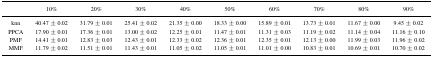
|  | 10% | 20% | 30% | 40% | 50% | 60% | 70% | 80% | 90% |
 | --- | --- | --- | --- | --- | --- | --- | --- | --- | --- |
 | knn | 40.47 ± 0.02 | 31.79 ± 0.01 | 25.41 ± 0.02 | 21.35 ± 0.00 | 18.33 ± 0.00 | 15.89 ± 0.01 | 13.73 ± 0.01 | 11.67 ± 0.00 | 9.45 ± 0.02 |
 | PPCA | 17.90 ± 0.01 | 17.36 ± 0.01 | 13.00 ± 0.02 | 12.25 ± 0.01 | 11.47 ± 0.01 | 11.31 ± 0.03 | 11.19 ± 0.02 | 11.14 ± 0.04 | 11.16 ± 0.10 |
 | PMF | 14.41 ± 0.01 | 12.83 ± 0.03 | 12.43 ± 0.01 | 12.33 ± 0.02 | 12.36 ± 0.01 | 12.35 ± 0.01 | 12.13 ± 0.00 | 11.99 ± 0.03 | 11.96 ± 0.02 |
 | MMF | 11.79 ± 0.02 | 11.51 ± 0.01 | 11.43 ± 0.01 | 11.05 ± 0.02 | 11.05 ± 0.01 | 11.01 ± 0.00 | 10.83 ± 0.01 | 10.69 ± 0.01 | 10.70 ± 0.02 |